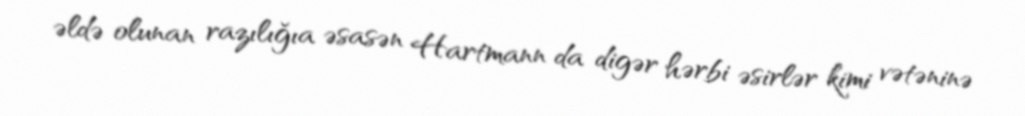
əldə olunan razılığıa əsasən Hartmann da digər hərbi əsirlər kimi vətəninə